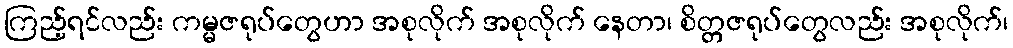
ကြည့်ရင်လည်း ကမ္မဇရုပ်တွေဟာ အစုလိုက် အစုလိုက် နေတာ၊ စိတ္တဇရုပ်တွေလည်း အစုလိုက်၊